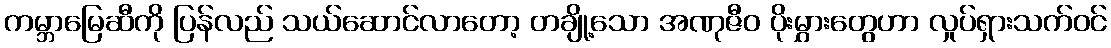
ကမ္ဘာမြေဆီကို ပြန်လည် သယ်ဆောင်လာတော့ တချို့သော အဏုဇီဝ ပိုးမွှားတွေဟာ လှုပ်ရှားသက်ဝင်